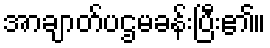
အာချာတ်ပဌမခန်းပြီး၏။